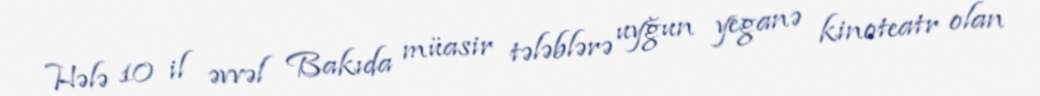
Hələ 10 il əvvəl Bakıda müasir tələblərə uyğun yeganə kinoteatr olan